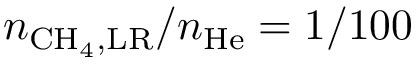
n _ { \mathrm { C H } _ { 4 } , \mathrm { L R } } / n _ { \mathrm { H e } } = 1 / 1 0 0